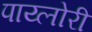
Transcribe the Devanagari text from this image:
पाय्लोरी